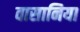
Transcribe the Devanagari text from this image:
वासानिया